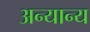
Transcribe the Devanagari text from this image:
अन्‍यान्‍य